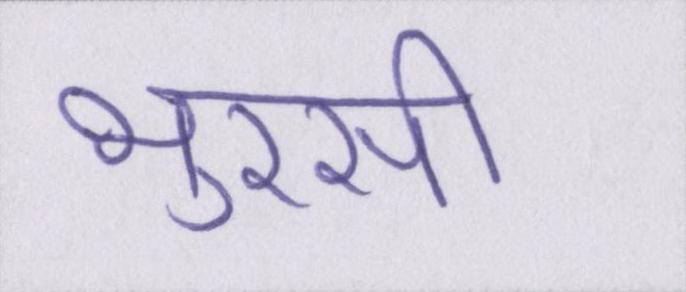
भुरसी